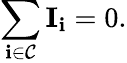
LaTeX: \sum_{\mathbf{i}\in\mathcal{{C}}}\mathbf{{I}}_{\mathbf{i}}=0.